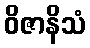
ဝိဇာနိသံ